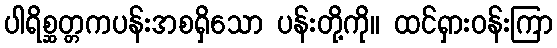
ပါရိစ္ဆတ္တကပန်းအစရှိသော ပန်းတို့ကို။ ထင်ရှားဝန်းကြာ